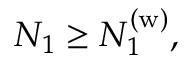
N _ { 1 } \geq N _ { 1 } ^ { \mathrm { ( w ) } } ,